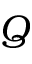
Q